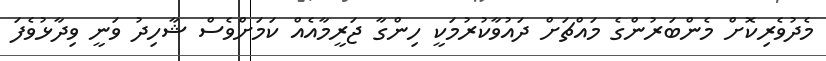
މެދުވެރިކޮށް މެންބަރުންގެ މައްޗަށް ދައުވާކުރުމަކީ ހިންގާ ޖަރީމާއެއް ކަމަށްވެސް ޝާހިދު ވަނީ ވިދާޅުވެފަ